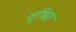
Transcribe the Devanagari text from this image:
तृषित